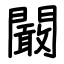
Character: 闞